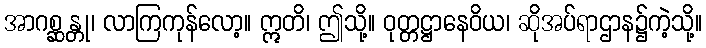
အာဂစ္ဆန္တု၊ လာကြကုန်လော့။ ဣတိ၊ ဤသို့။ ဝုတ္တဋ္ဌာနေဝိယ၊ ဆိုအပ်ရာဌာန၌ကဲ့သို့။